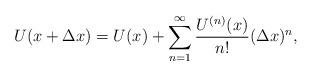
LaTeX: \begin{align*}U(x+\Delta x)=U(x)+\sum_{n=1}^{\infty} \frac{U^{(n)}(x)}{n!} (\Delta x)^{n},\end{align*}